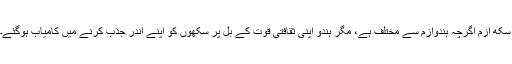
سکھ ازم اگرچہ ہندوازم سے مختلف ہے، مگر ہندو اپنی ثقافتی قوت کے بل پر سکھوں کو اپنے اندر جذب کرنے میں کامیاب ہوگئے۔